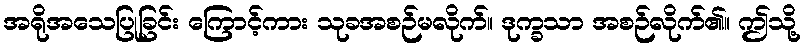
အရိုအသေပြုခြင်း ကြောင့်ကား သုခအစဉ်မလိုက်။ ဒုက္ခသာ အစဉ်လိုက်၏။ ဤသို့